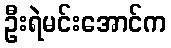
ဦးရဲမင်းအောင်က